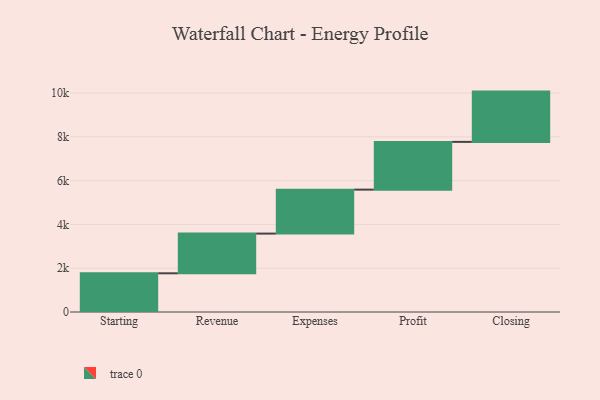
{"axis": {"x": "Step", "y": "Value"}, "legend": [""], "data": [{"x": "Starting", "y": 1768.0, "type": ""}, {"x": "Revenue", "y": 1814.0, "type": ""}, {"x": "Expenses", "y": 2008.0, "type": ""}, {"x": "Profit", "y": 2181.0, "type": ""}, {"x": "Closing", "y": 2297.0, "type": ""}]}